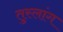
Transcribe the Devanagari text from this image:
तुस्‍लांग